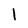
Character: l